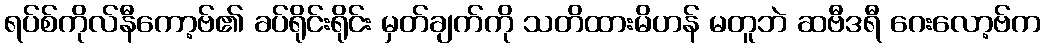
ရပ်စ်ကိုလ်နီကော့ဗ်၏ ခပ်ရိုင်းရိုင်း မှတ်ချက်ကို သတိထားမိဟန် မတူဘဲ ဆဗီဒရီ ဂေးလော့ဗ်က